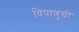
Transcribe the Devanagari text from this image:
विषाणुची